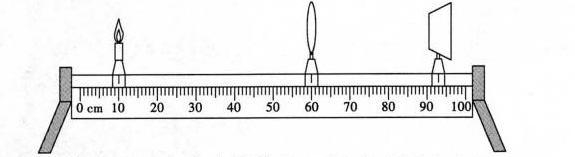
0 cm 10 20 30 40 50 60 70 80 90 100